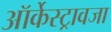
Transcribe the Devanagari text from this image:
ऑर्केस्ट्रावजा